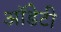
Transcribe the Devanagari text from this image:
ऑडेटी